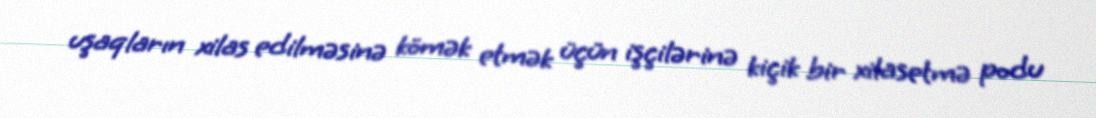
uşaqların xilas edilməsinə kömək etmək üçün işçilərinə kiçik bir xilasetmə podu